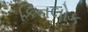
કિનલોક